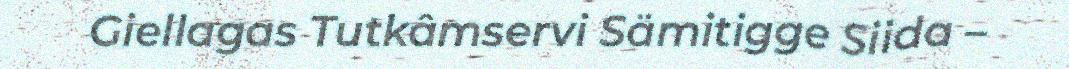
Giellagas Tutkâmservi Sämitigge Siida –